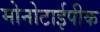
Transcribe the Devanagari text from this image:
मोनोटाईपीक